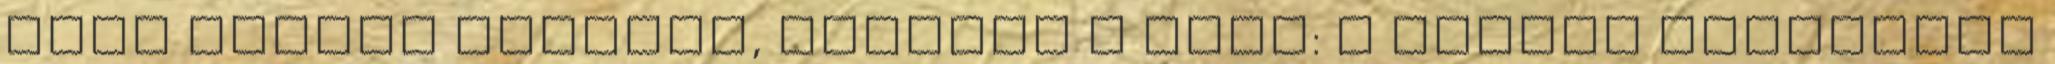
Mint minden túrának, jutalom a vége: a csapat végigérve